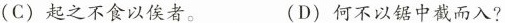
(C)起之不食以俟者。 (D)何不以锯中截而入?